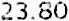
23.80